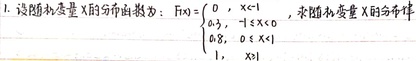
1. 设随机变量\(X\)的分布函数为：\(F(x)=\begin{cases}0, & x < - 1\\0.3, & -1\leqslant x < 0\\0.8, & 0\leqslant x < 1\\1, & x\geqslant1\end{cases}\)，求随机变量\(X\)的分布律 。